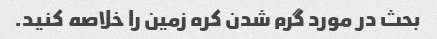
بحث در مورد گرم شدن کره زمین را خلاصه کنید.